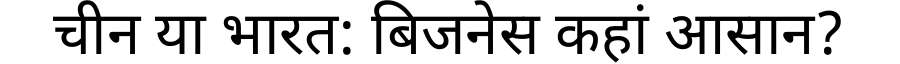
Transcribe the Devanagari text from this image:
चीन या भारत: बिजनेस कहां आसान?